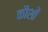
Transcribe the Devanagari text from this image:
कौशों